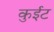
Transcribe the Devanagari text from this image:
कुईट